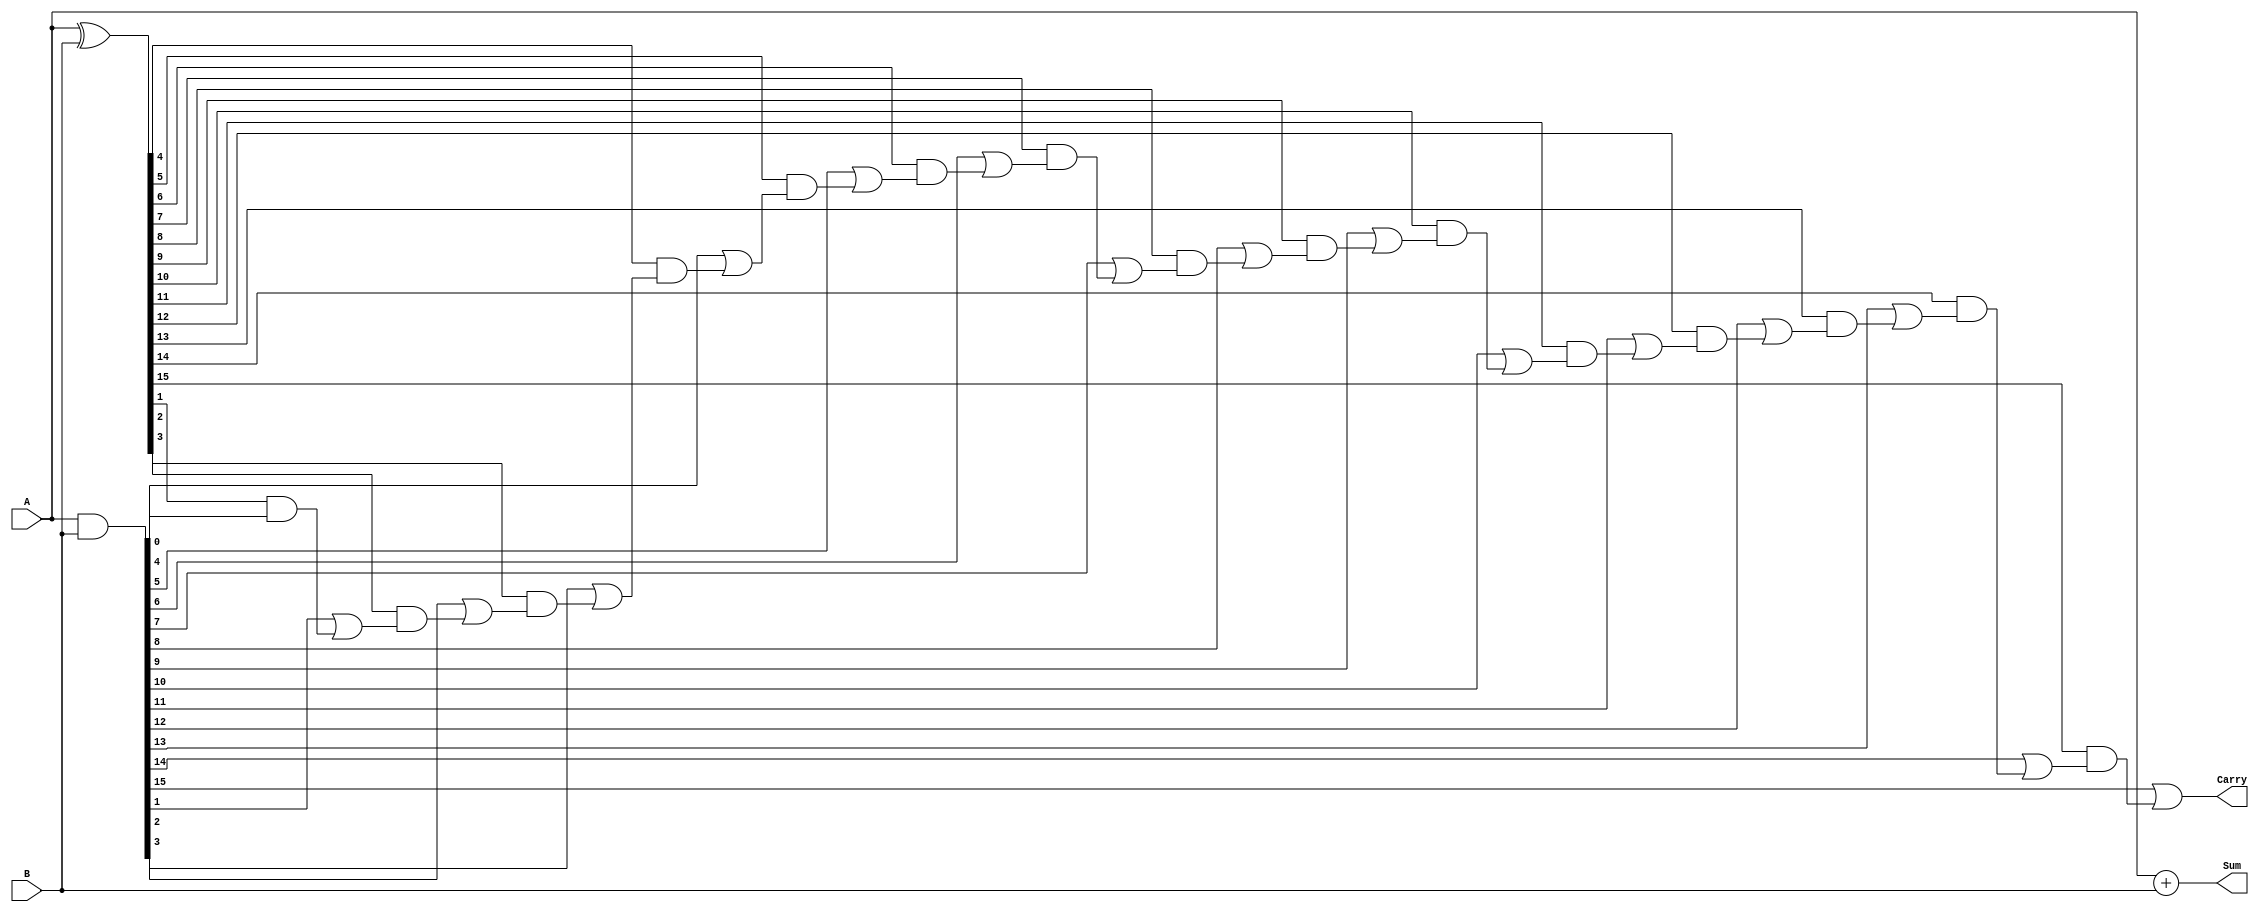
module carry_lookahead_adder (
    input [15:0] A,
    input [15:0] B,
    output reg [15:0] Sum,
    output reg Carry
);

reg [15:0] P;
reg [15:0] G;
reg [15:0] C;

assign P = A ^ B;
assign G = A & B;
assign C[0] = G[0];

genvar i;
generate
    for (i = 1; i < 16; i = i + 1) begin : carry_lookahead_block
        assign C[i] = G[i] | (P[i] & C[i - 1]);
    end
endgenerate

assign Sum = A + B;
assign Carry = C[15];

endmodule